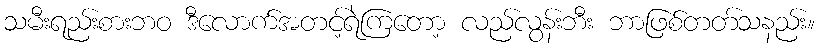
သမီးရည်းစားဘဝ ဒီလောက်အတင့်ရဲကြတော့ လည်လွန်းဘီး ဘာဖြစ်တတ်သနည်း။